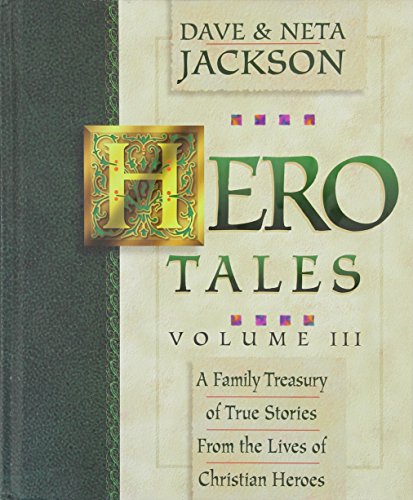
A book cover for Hero Tales: A Family Treasury of True Stories From the Lives of Christian Heroes; Dave Jackson; Children's Books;